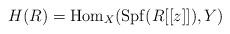
LaTeX: \begin{align*}H(R)={\rm Hom}_{X}({\rm Spf}(R[[z]]),Y)\end{align*}